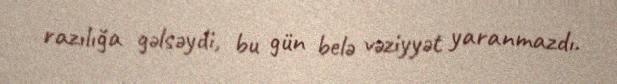
razılığa gəlsəydi, bu gün belə vəziyyət yaranmazdı.